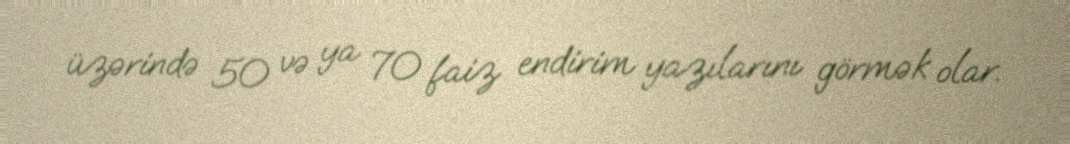
üzərində 50 və ya 70 faiz endirim yazılarını görmək olar.